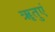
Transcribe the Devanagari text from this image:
ॠतुएं